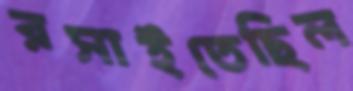
রসাইতেছিল